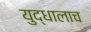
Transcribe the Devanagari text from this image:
युद्धालाच